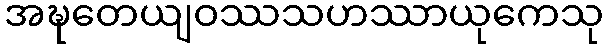
အဍ္ဎတေယျဝဿသဟဿာယုကေသု